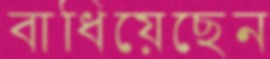
বাধিয়েছেন